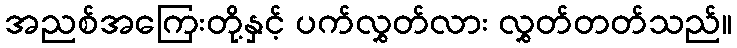
အညစ်အကြေးတို့နှင့် ပက်လွှတ်လား လွှတ်တတ်သည်။